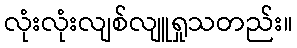
လုံးလုံးလျစ်လျူရှုသတည်း။